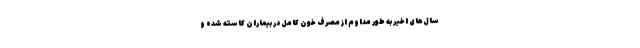
سال‌های اخیر به طور مداوم از مصرف خون کامل در بیماران کاسته شده و